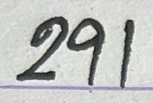
291